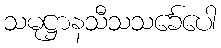
သမုဋ္ဌာနသီသသင်္ခေပေါ